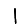
Digit: 1